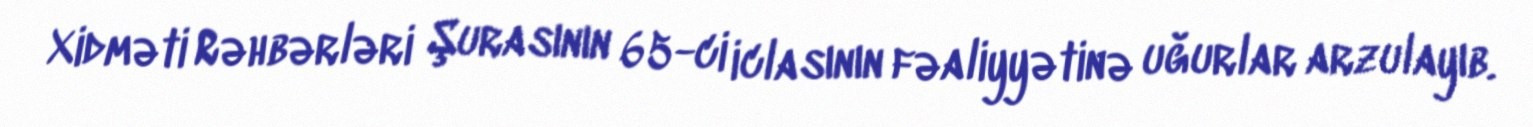
Xidməti Rəhbərləri Şurasının 65-ci iclasının fəaliyyətinə uğurlar arzulayıb.